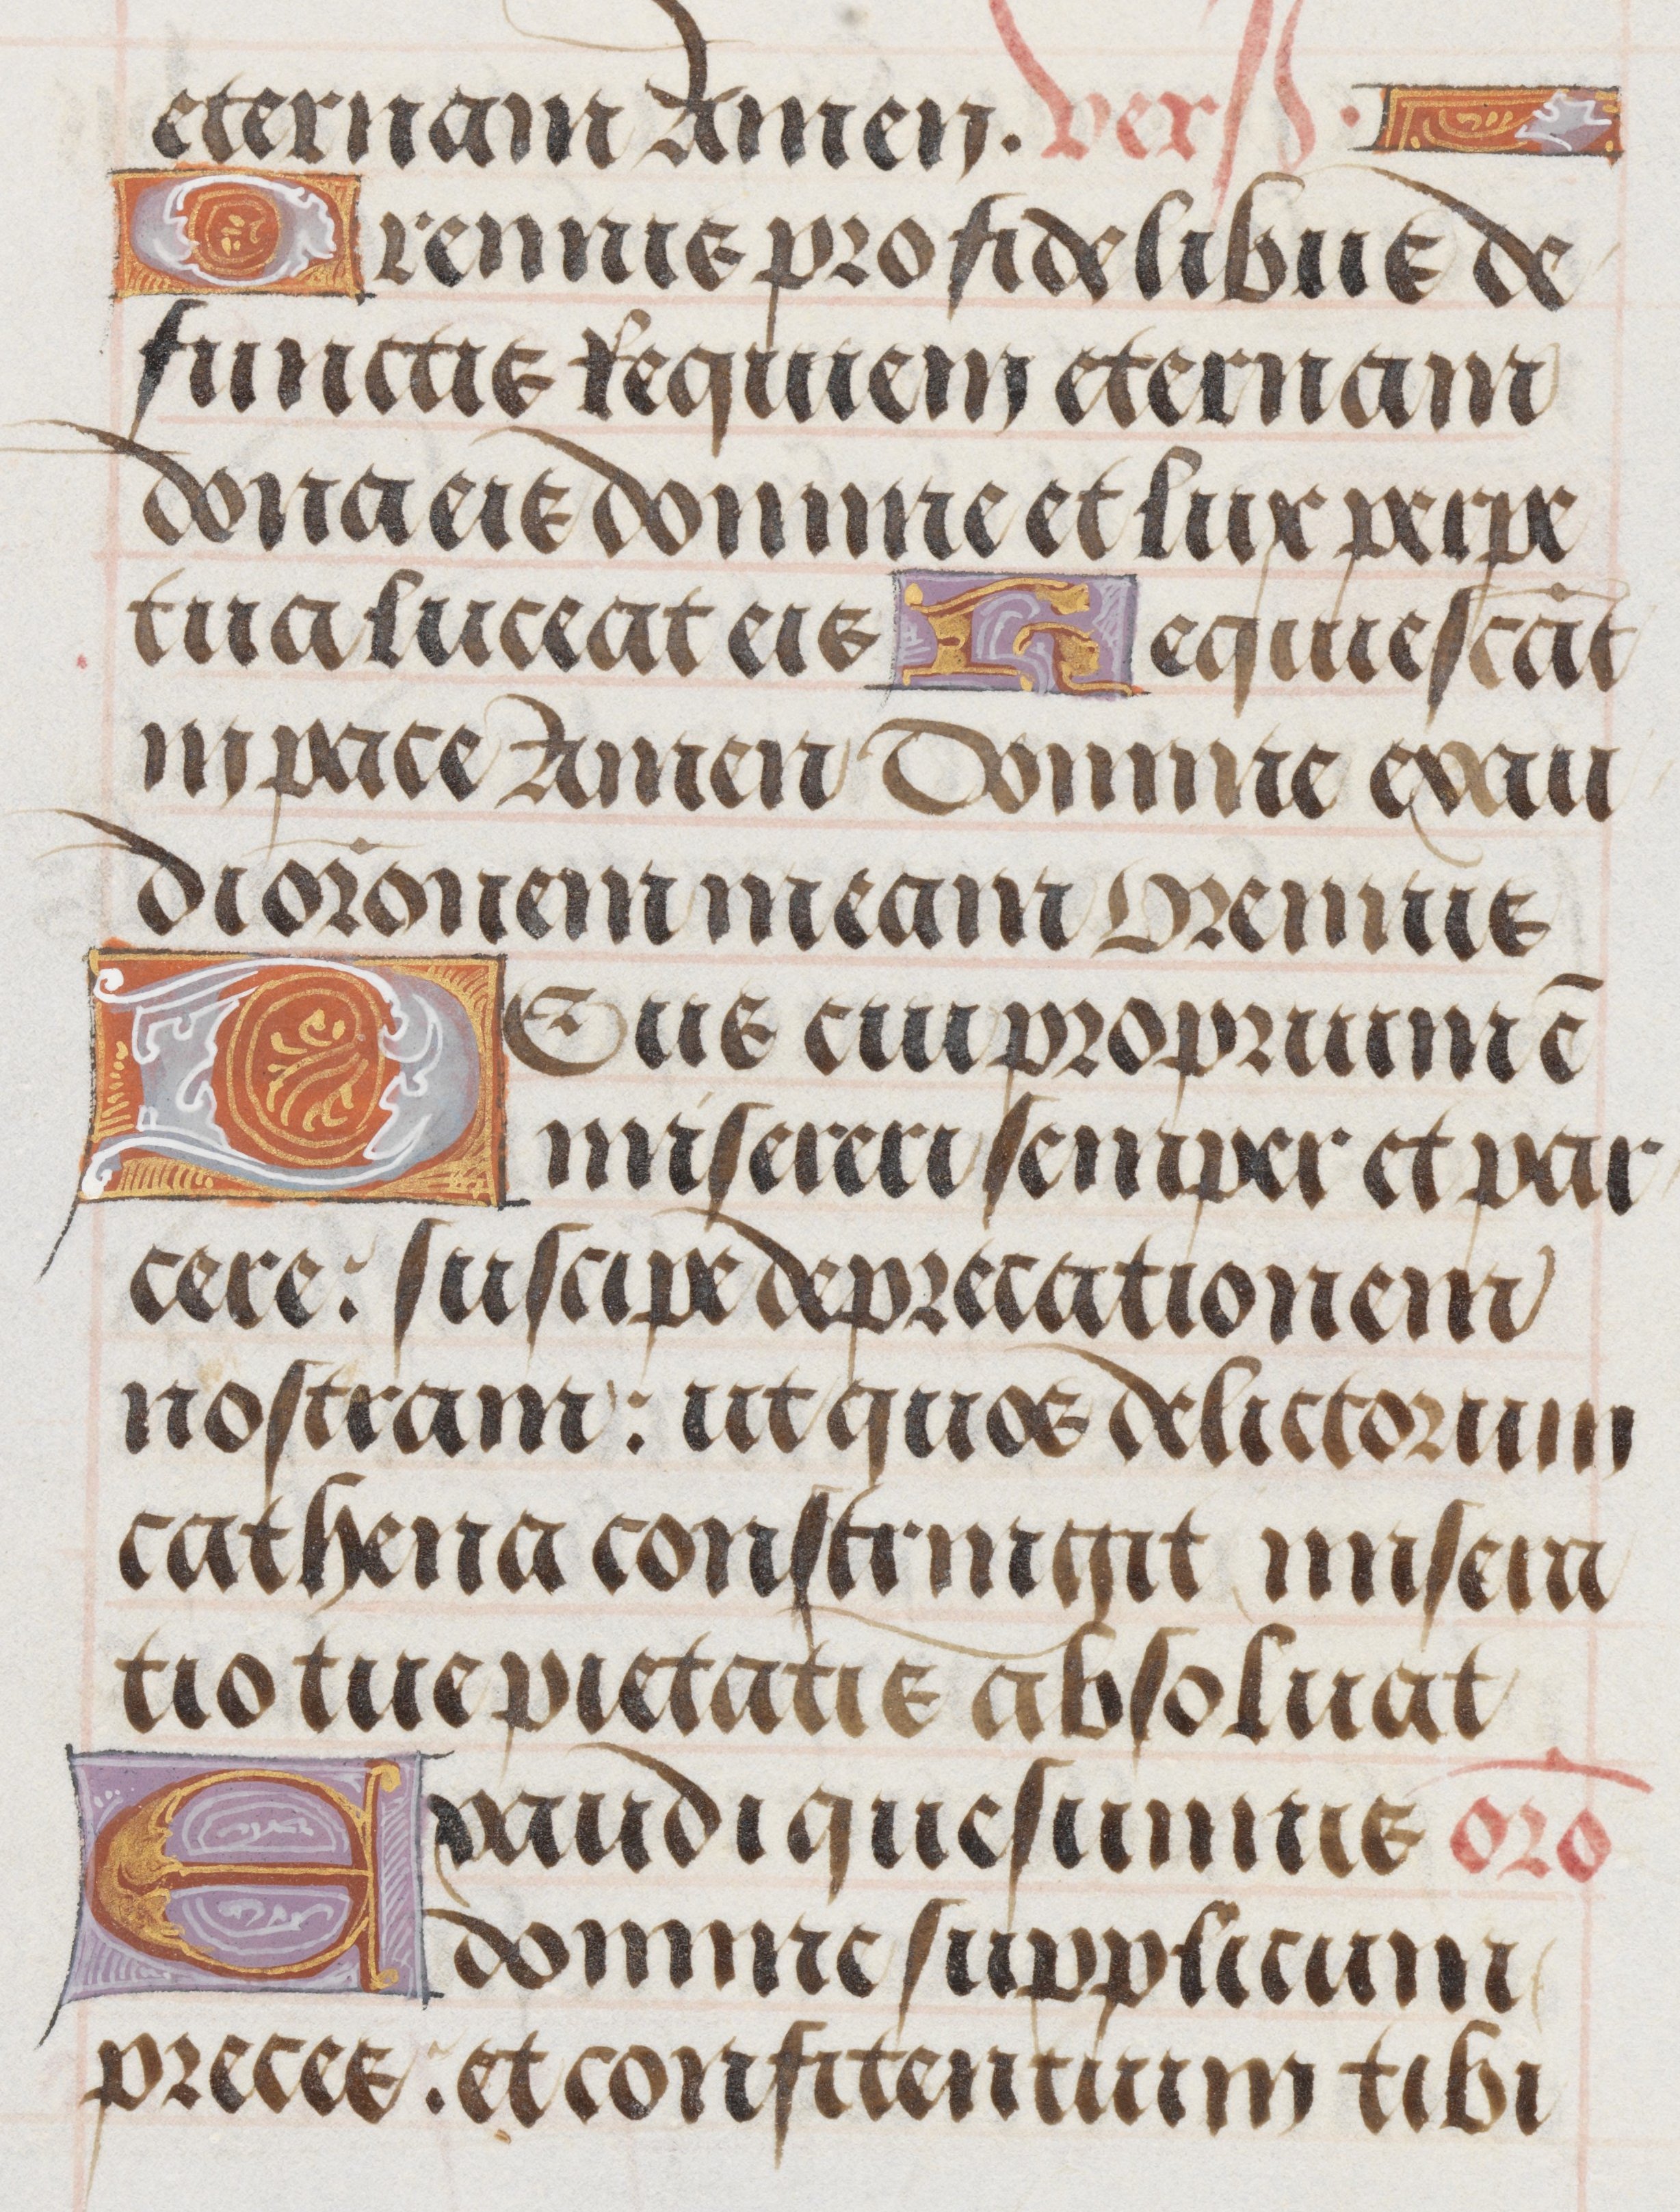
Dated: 1485–1515